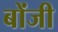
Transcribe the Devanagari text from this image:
बोंजी